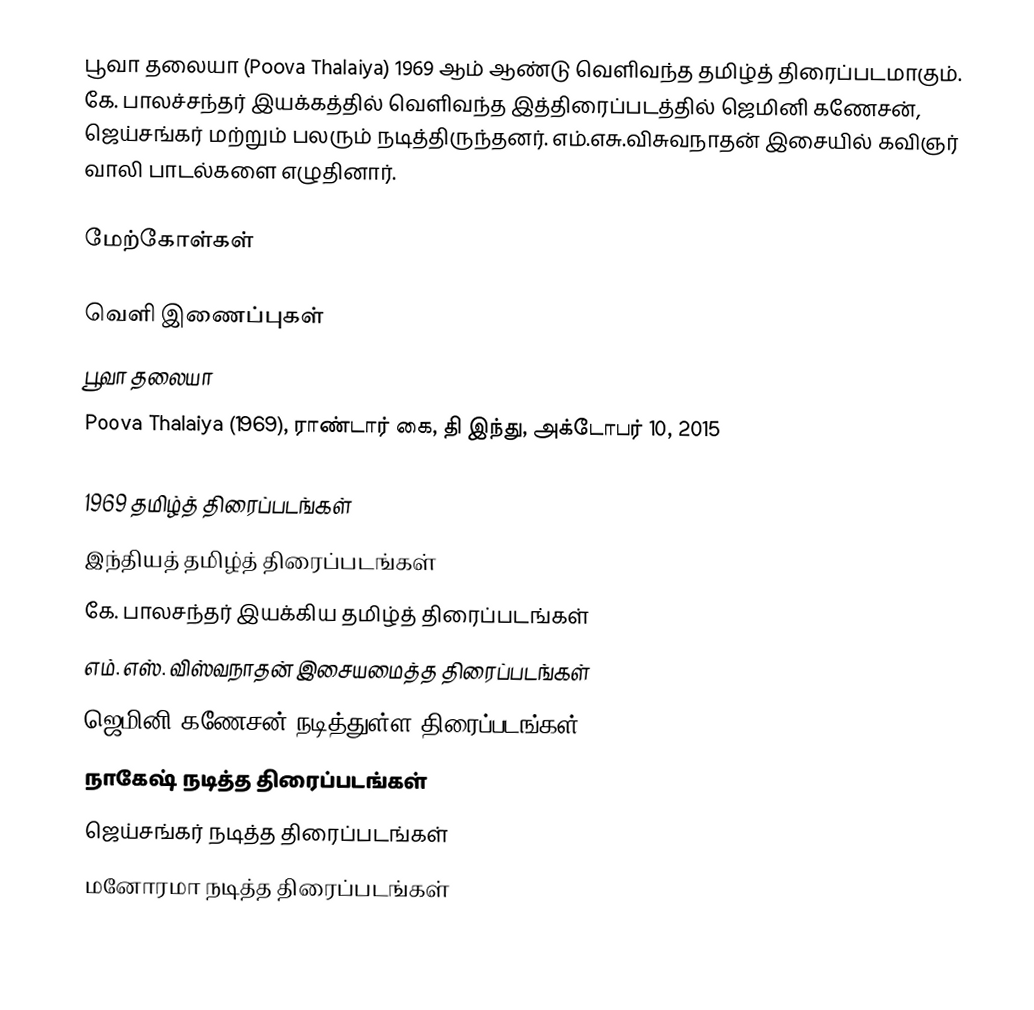
பூவா தலையா (Poova Thalaiya) 1969 ஆம் ஆண்டு வெளிவந்த தமிழ்த் திரைப்படமாகும். கே. பாலச்சந்தர் இயக்கத்தில் வெளிவந்த இத்திரைப்படத்தில் ஜெமினி கணேசன், ஜெய்சங்கர் மற்றும் பலரும் நடித்திருந்தனர். எம்.எசு.விசுவநாதன் இசையில் கவிஞர் வாலி பாடல்களை எழுதினார்.

மேற்கோள்கள்

வெளி இணைப்புகள்
 பூவா தலையா
 Poova Thalaiya (1969), ராண்டார் கை, தி இந்து, அக்டோபர் 10, 2015

1969 தமிழ்த் திரைப்படங்கள்
இந்தியத் தமிழ்த் திரைப்படங்கள்
கே. பாலசந்தர் இயக்கிய தமிழ்த் திரைப்படங்கள்
எம். எஸ். விஸ்வநாதன் இசையமைத்த திரைப்படங்கள்
ஜெமினி கணேசன் நடித்துள்ள திரைப்படங்கள்
நாகேஷ் நடித்த திரைப்படங்கள்
ஜெய்சங்கர் நடித்த திரைப்படங்கள்
மனோரமா நடித்த திரைப்படங்கள்